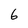
Character: 6